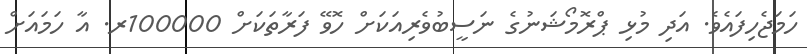
ހަމަޖެހިފައެވެ. އަދި މުޅި ޕްރޮމޯޝަނުގެ ނަސީބުވެރިއަކަށް ހޮވޭ ފަރާތަކަށް 100000ރ. އާ ހަމައަށް